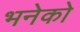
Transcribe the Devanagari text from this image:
भनेको